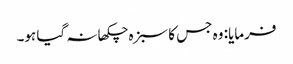
فرمایا: وہ جس کا سبزہ چکھا نہ گیا ہو۔